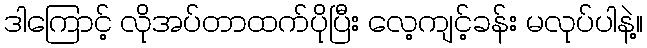
ဒါကြောင့် လိုအပ်တာထက်ပိုပြီး လေ့ကျင့်ခန်း မလုပ်ပါနဲ့။